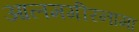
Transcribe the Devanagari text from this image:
आलमगीरनामा